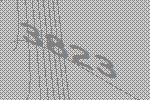
3823